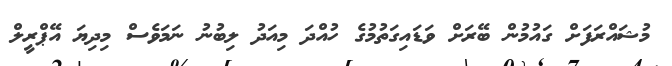
މުޝައްރަފަށް ގައުމުން ބޭރަށް ވަޑައިގަތުމުގެ ހުއްދަ މިއަދު ލިބުނު ނަމަވެސް މިދިޔަ އޭޕްރީލް